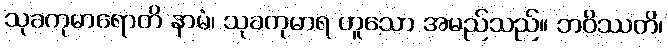
သုခကုမာရောတိ နာမံ၊ သုခကုမာရ ဟူသော အမည်သည်။ ဘဝိဿတိ၊